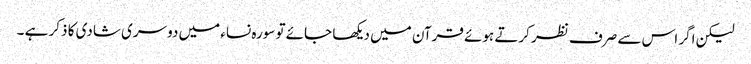
لیکن اگر اس سے صرف نظر کرتے ہوئے قرآن میں دیکھا جائے تو سورہ نساء میں دوسری شادی کا ذکر ہے ۔